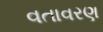
વતાવરણ